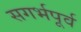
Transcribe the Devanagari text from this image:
सगर्भपूर्व